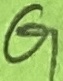
Text: G